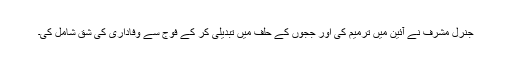
جنرل مشرف نے آئین میں ترمیم کی اور ججوں کے حلف میں تبدیلی کر کے فوج سے وفاداری کی شق شامل کی۔